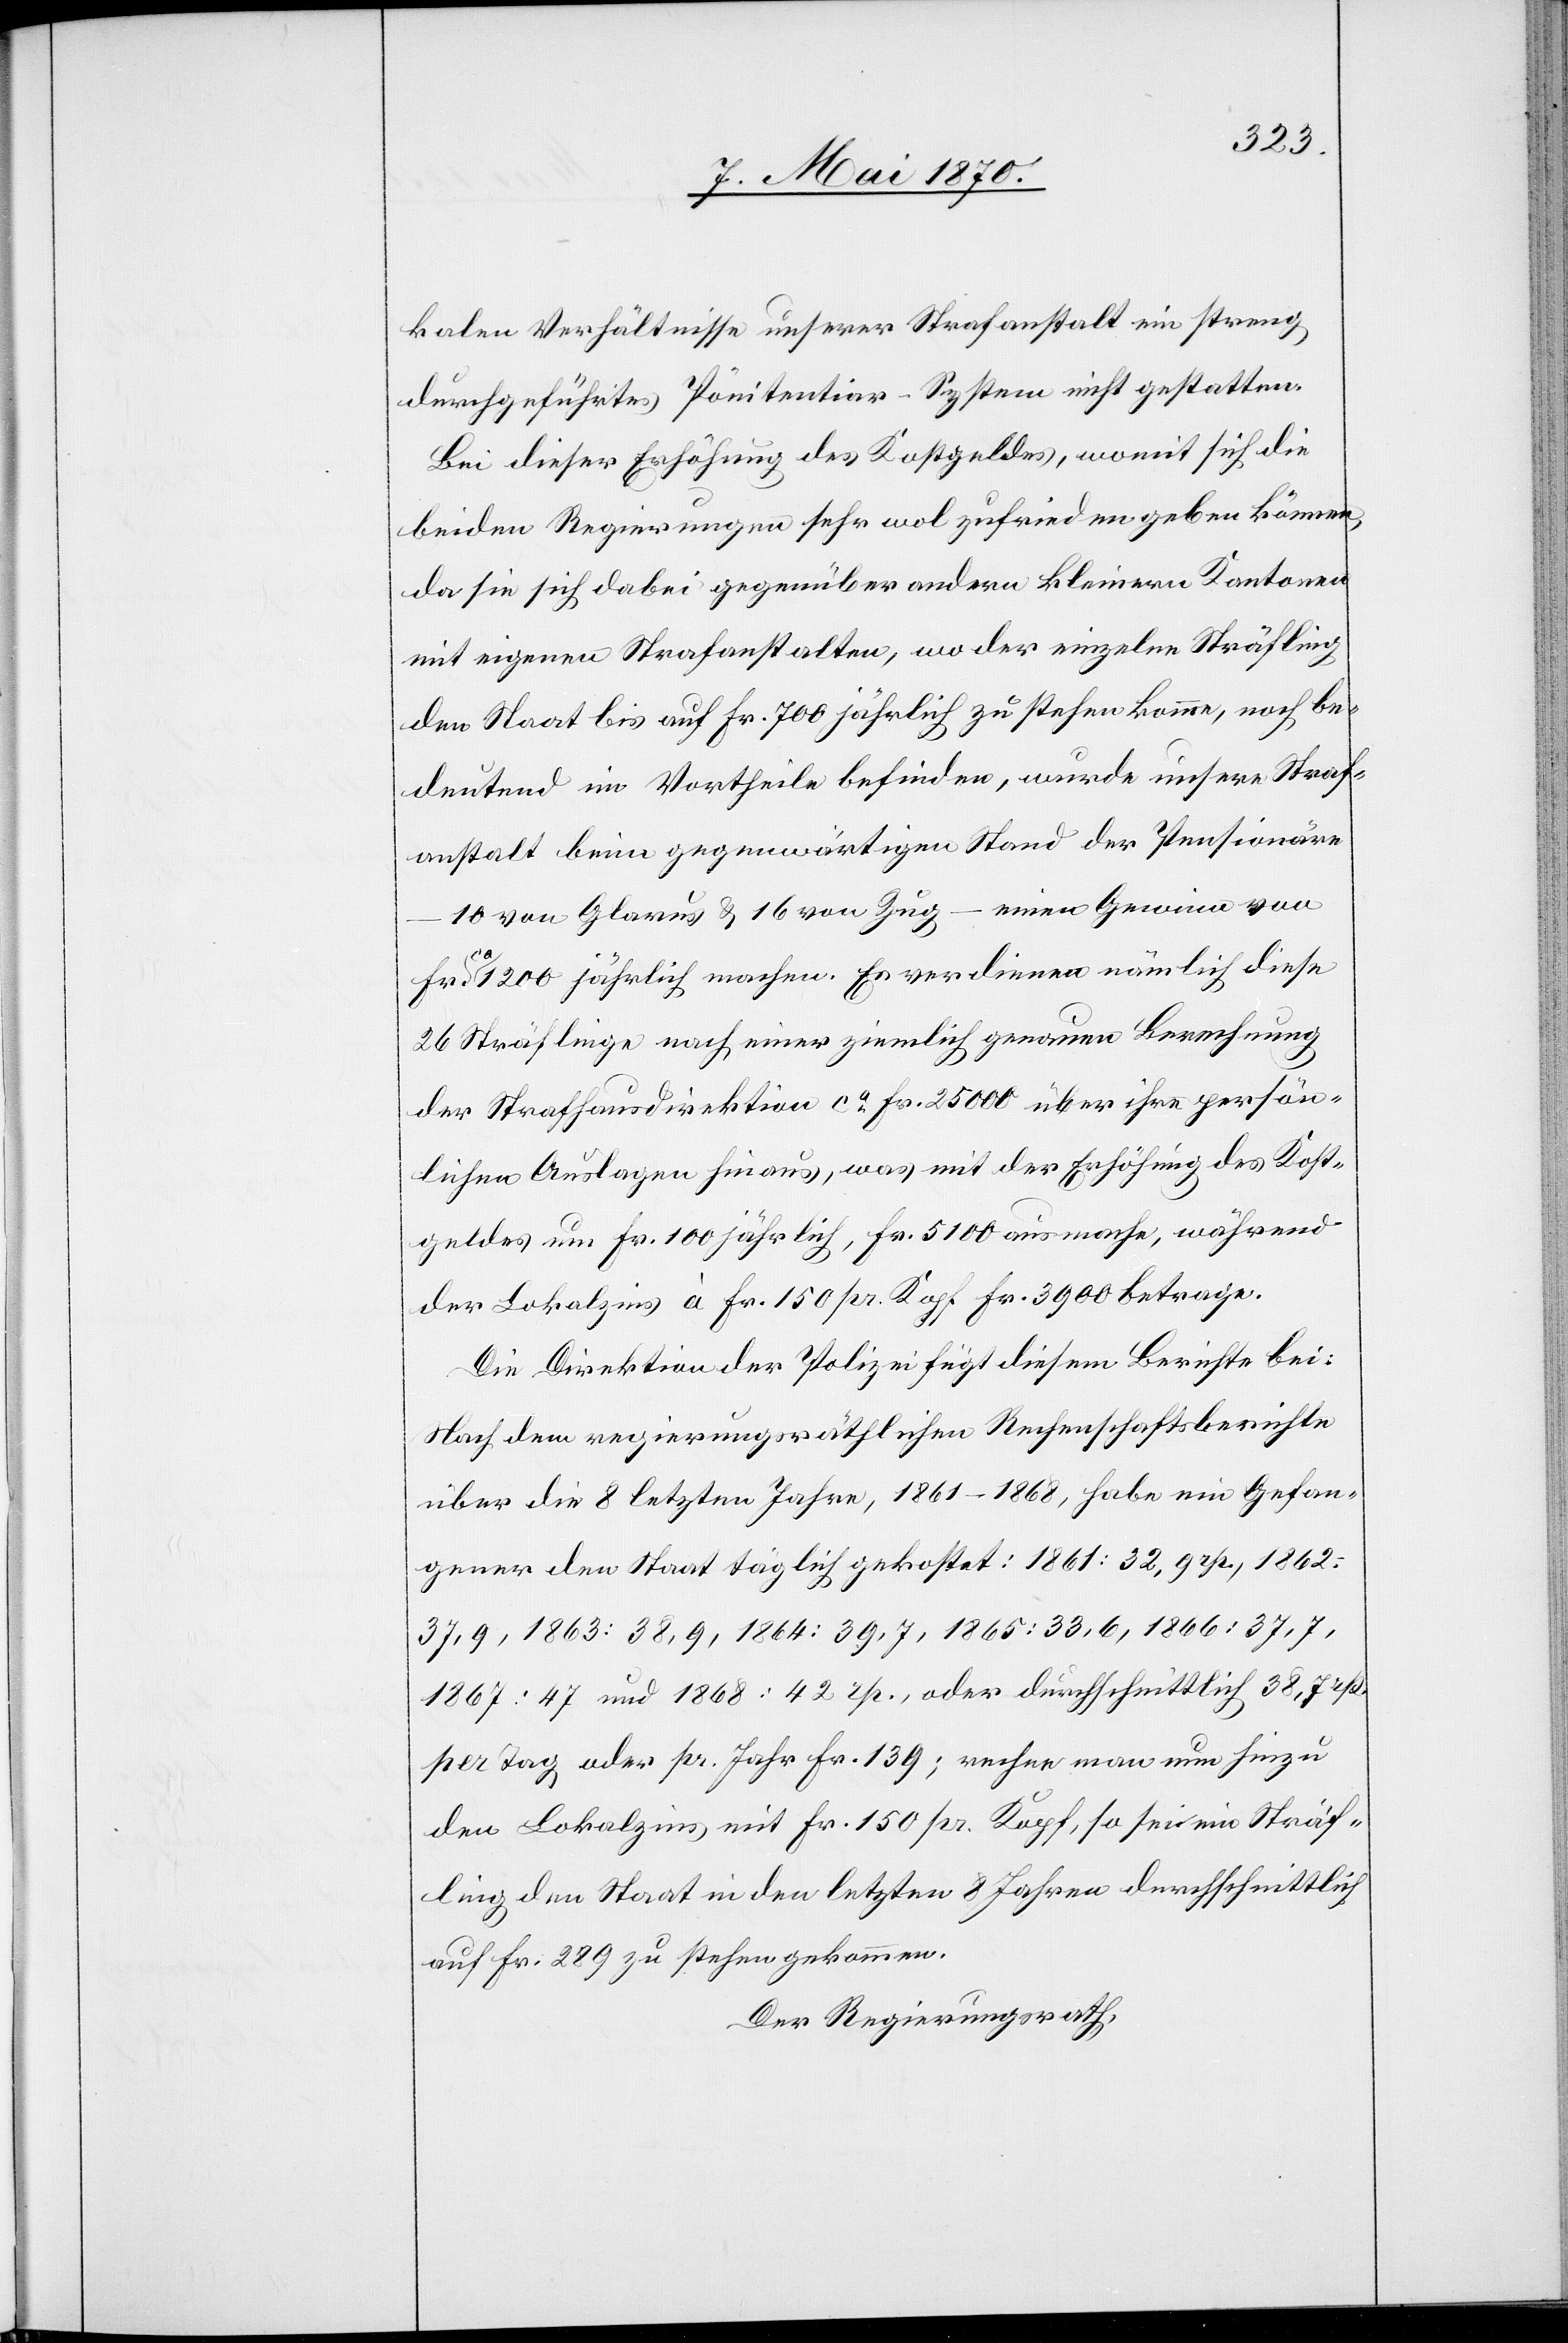
kalen Verhältnisse unserer Strafanstalt ein streng
durchgeführtes Pönitentiar-System nicht gestatten.
Bei dieser Erhöhung des Kostgeldes, womit sich die
beiden Regierungen sehr wol zufriedengeben können,
da sie sich dabei gegenüber andern kleineren Kantone
mit eigenen Strafanstalten, wo der einzelne Sträfling
den Staat bis auf Fr. 700 jährlich zu stehen komme, noch be¬
deutend im Vortheile befinden, wurde unsere Straf¬
anstalt beim gegenwärtigen Stand der Pensionäre
10 von Glarus & 16 von Zug – einen Gewinn von
[sic!] jährlich machen. Es verdienen nämlich diese
26 Sträflinge nach einer ziemlich genauen Berechnung
der Strafhausdirektion ca Fr. 2500 über ihre persön¬
lichen Auslagen hinaus, was mit der Erhöhung des Kost¬
geldes um Fr. 100 jährlich, Fr. 5100 ausmache, während
der Lokalzins à Fr. 150 pr. Kopf Fr. 3900 betrage.
Die Direktion der Polizei fügt diesem Berichte bei:
Nach dem regierungsräthlichen Rechenschaftsberichte
über die 8 letzten Jahre, 1861–1868, habe ein Gefan¬
gener den Staat täglich gekostet: 1861: 32,9 rp., 1862:
37,9, 1863: 38,9, 1864: 39,7, 1865: 33,6, 1866: 37,7,
1867: 47 und 1868: 42 rp., oder durchschnittlich 38,7 rp.
per Tag oder pr. Jahr Fr. 139; rechne man nun hiezu
den Lokalzins mit Fr. 150 pr. Kopf, so sei ein Sträf¬
ling den Staat in den letzten 8 Jahren durchschnittlich
auf Fr. 289 zu stehen gekommen.
Der Regierungsrath,